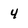
Character: 4